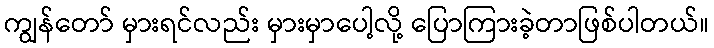
ကျွန်တော် မှားရင်လည်း မှားမှာပေါ့လို့ ပြောကြားခဲ့တာဖြစ်ပါတယ်။